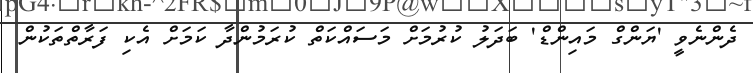
ދެންނެވީ 'ޔަންގް މައިންޑް' ބަދަލު ކުރުމަށް މަސައްކަތް ކުރަމުންދާ ކަމަށް އެކި ފަރާތްތަކުން